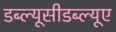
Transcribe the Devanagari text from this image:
डब्ल्यूसीडब्ल्यूए